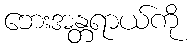
ဘေးအန္တရာယ်ကို